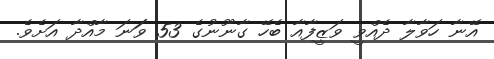
އޭނާ ހަވާލާ ދެއްވީ ވަޒީފާއާ ބެހޭ ގާނޫނުގެ 53 ވަަނަ މާއްދާ އަށެވެ.